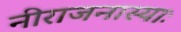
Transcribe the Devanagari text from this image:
नीराजनास्याः